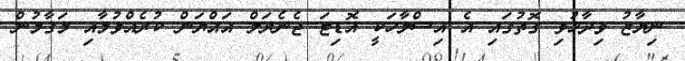
ނިޔާޒު ވިދާޅުވި ގޮތުގައި އެ އިސްލާހަކީ އޮޑިޓަ ޖެނެރަލް އައްޔަން ކުރެއްވުމާއި މަގާމުން